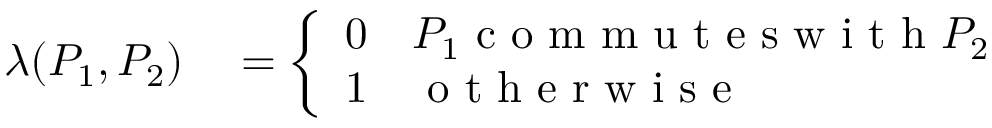
\begin{array} { r l } { \lambda ( P _ { 1 } , P _ { 2 } ) } & { { } = \left\{ \begin{array} { l l } { 0 } & { P _ { 1 } \mathrm { ~ c ~ o ~ m ~ m ~ u ~ t ~ e ~ s ~ w ~ i ~ t ~ h ~ } P _ { 2 } } \\ { 1 } & { \mathrm { ~ o ~ t ~ h ~ e ~ r ~ w ~ i ~ s ~ e ~ } } \end{array} \right. } \end{array}